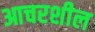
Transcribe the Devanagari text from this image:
आचरशील